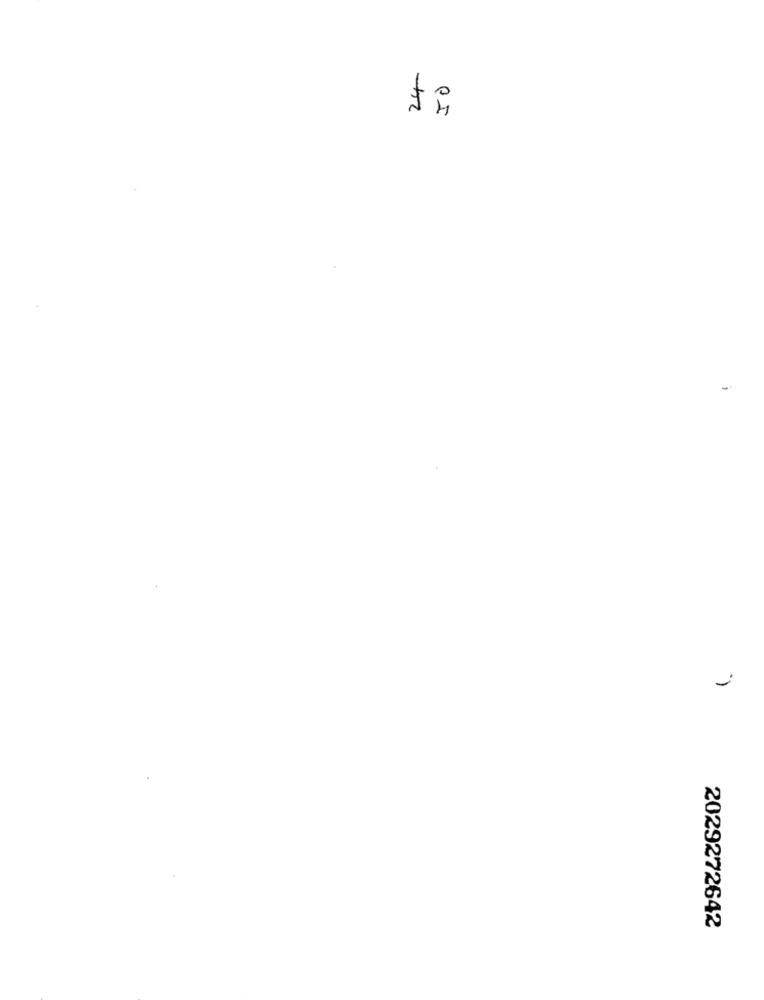
24
2029272642